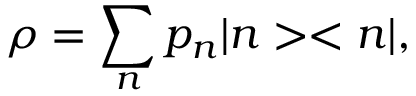
\rho = \sum _ { n } p _ { n } | n > < n | ,